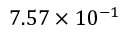
7 . 5 7 \times 1 0 ^ { - 1 }